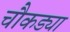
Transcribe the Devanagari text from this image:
चौकड्या